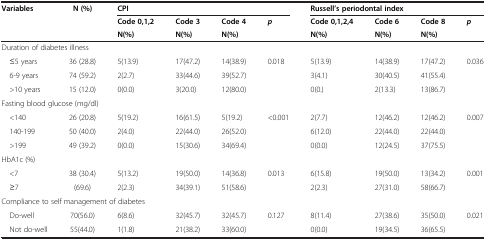
<table><thead><tr><td rowspan="3"><b>Variables</b></td><td rowspan="3"><b>N (%)</b></td><td colspan="4"><b>CPI</b></td><td colspan="4"><b>Russell’s periodontal index</b></td></tr><tr><td><b>Code 0,1,2</b></td><td><b>Code 3</b></td><td><b>Code 4</b></td><td rowspan="2"><b><i>p</i></b></td><td><b>Code 0,1,2,4</b></td><td><b>Code 6</b></td><td><b>Code 8</b></td><td rowspan="2"><b><i>p</i></b></td></tr><tr><td><b>N(%)</b></td><td><b>N(%)</b></td><td><b>N(%)</b></td><td><b>N(%)</b></td><td><b>N(%)</b></td><td><b>N(%)</b></td></tr></thead><tbody><tr><td colspan="10">Duration of diabetes illness</td></tr><tr><td> ≤5 years</td><td>36 (28.8)</td><td>5(13.9)</td><td>17(47.2)</td><td>14(38.9)</td><td>0.018</td><td>5(13.9)</td><td>14(38.9)</td><td>17(47.2)</td><td>0.036</td></tr><tr><td> 6-9 years</td><td>74 (59.2)</td><td>2(2.7)</td><td>33(44.6)</td><td>39(52.7)</td><td> </td><td>3(4.1)</td><td>30(40.5)</td><td>41(55.4)</td><td> </td></tr><tr><td> &gt;10 years</td><td>15 (12.0)</td><td>0(0.0)</td><td>3(20.0)</td><td>12(80.0)</td><td> </td><td>0(0.)</td><td>2(13.3)</td><td>13(86.7)</td><td> </td></tr><tr><td colspan="10">Fasting blood glucose (mg/dl)</td></tr><tr><td> &lt;140</td><td>26 (20.8)</td><td>5(19.2)</td><td>16(61.5)</td><td>5(19.2)</td><td>&lt;0.001</td><td>2(7.7)</td><td>12(46.2)</td><td>12(46.2)</td><td>0.007</td></tr><tr><td> 140-199</td><td>50 (40.0)</td><td>2(4.0)</td><td>22(44.0)</td><td>26(52.0)</td><td> </td><td>6(12.0)</td><td>22(44.0)</td><td>22(44.0)</td><td> </td></tr><tr><td> &gt;199</td><td>49 (39.2)</td><td>0(0.0)</td><td>15(30.6)</td><td>34(69.4)</td><td> </td><td>0(0.0)</td><td>12(24.5)</td><td>37(75.5)</td><td> </td></tr><tr><td colspan="10">HbA1c (%)</td></tr><tr><td> &lt;7</td><td>38 (30.4)</td><td>5(13.2)</td><td>19(50.0)</td><td>14(36.8)</td><td>0.013</td><td>6(15.8)</td><td>19(50.0)</td><td>13(34.2)</td><td>0.001</td></tr><tr><td> ≥7</td><td>(69.6)</td><td>2(2.3)</td><td>34(39.1)</td><td>51(58.6)</td><td> </td><td>2(2.3)</td><td>27(31.0)</td><td>58(66.7)</td><td> </td></tr><tr><td colspan="10">Compliance to self management of diabetes</td></tr><tr><td> Do-well</td><td>70(56.0)</td><td>6(8.6)</td><td>32(45.7)</td><td>32(45.7)</td><td>0.127</td><td>8(11.4)</td><td>27(38.6)</td><td>35(50.0)</td><td>0.021</td></tr><tr><td> Not do-well</td><td>55(44.0)</td><td>1(1.8)</td><td>21(38.2)</td><td>33(60.0)</td><td> </td><td>0(0.0)</td><td>19(34.5)</td><td>36(65.5)</td><td> </td></tr></tbody></table>